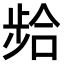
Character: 𫫈